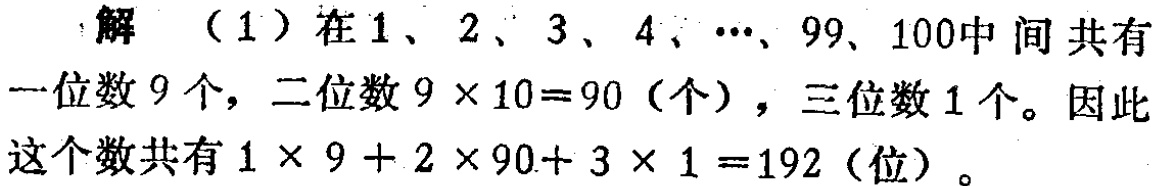
解 （1）在\(1\)、\(2\)、\(3\)、\(4\)、\(\cdots\)、\(99\)、\(100\)中间 共有一位数\(9\)个，二位数\(9\times10 = 90\)（个），三位数\(1\)个。因此这个数共有\(1\times9 + 2\times90+ 3\times1 =192\)（位）。